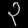
Digit: ၃